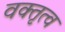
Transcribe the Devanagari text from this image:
वक्तृत्‍व